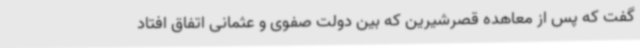
گفت که پس از معاهده قصرشیرین که بین دولت صفوی و عثمانی اتفاق افتاد